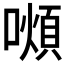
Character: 𫬆